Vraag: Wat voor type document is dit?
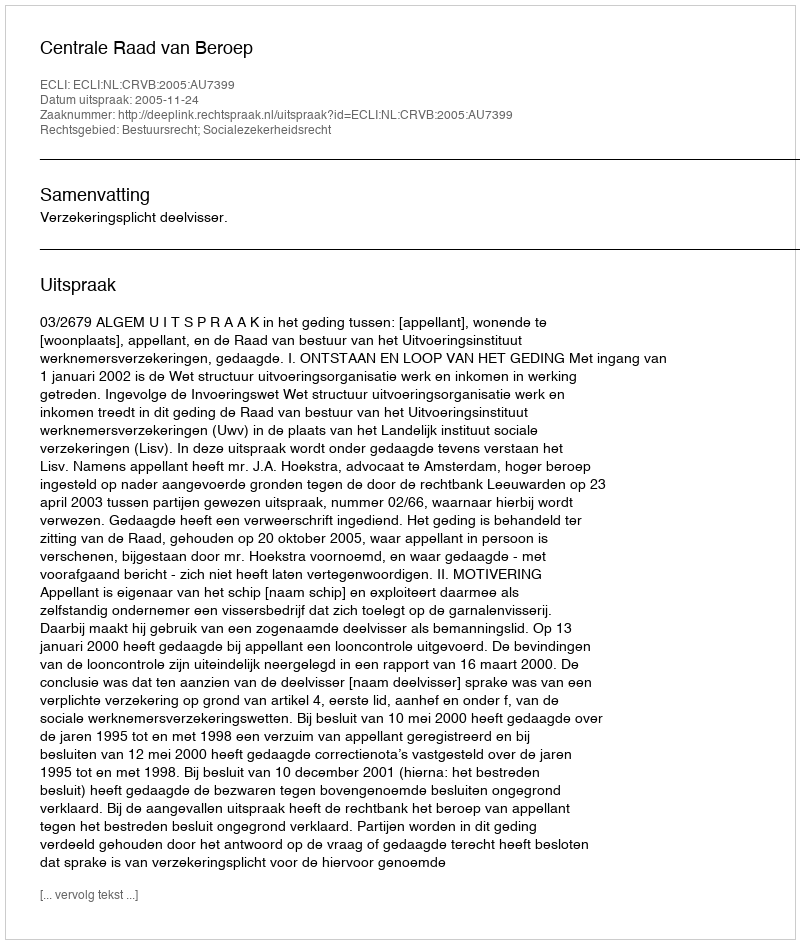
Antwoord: Uitspraak